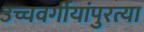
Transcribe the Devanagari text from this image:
उच्चवर्गीयांपुरत्या